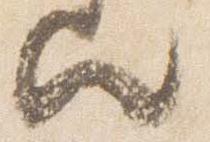
歟